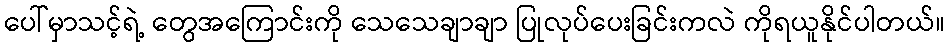
ပေါ်မှာသင့်ရဲ့ တွေအကြောင်းကို သေသေချာချာ ပြုလုပ်ပေးခြင်းကလဲ ကိုရယူနိုင်ပါတယ်။